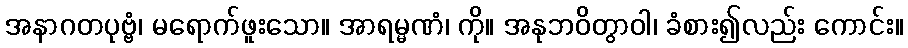
အနာဂတပုဗ္ဗံ၊ မရောက်ဖူးသော။ အာရမ္မဏံ၊ ကို။ အနုဘဝိတွာဝါ၊ ခံစား၍လည်း ကောင်း။